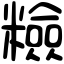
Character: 𥽋